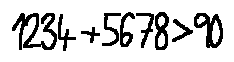
1 2 3 4 + 5 6 7 8 > 9 0